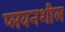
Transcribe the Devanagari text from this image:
प्लवनशील